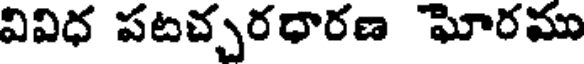
వివిధ పటచ్చరధారణ ఘోరము